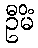
ဦမိံ